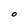
Character: 0